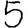
Digit: 5